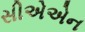
સીએએન